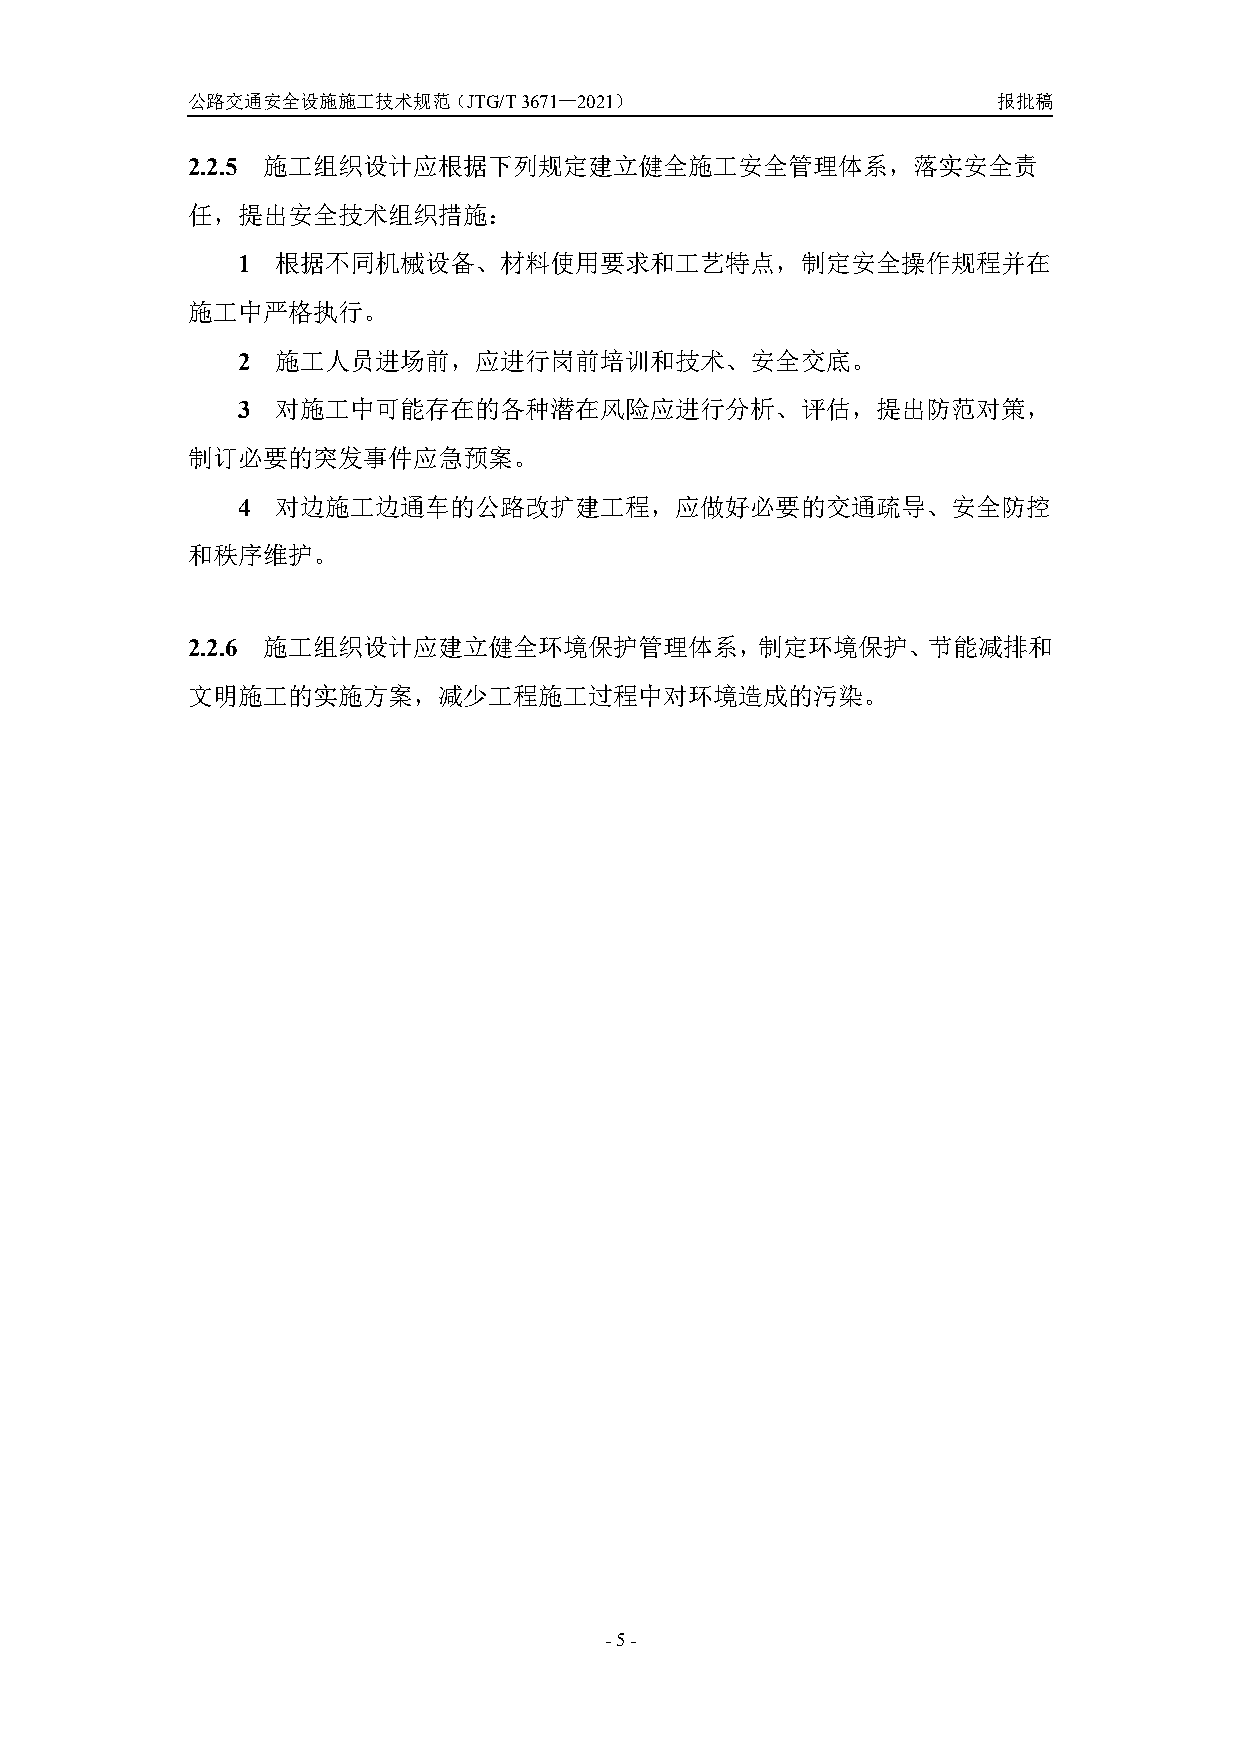
公路交通安全设施施工技术规范（JTG/T3671—2021）                        报批稿
 2.2.5 施工组织设计应根据下列规定建立健全施工安全管理体系，落实安全责
 任，提出安全技术组织措施：
 1 根据不同机械设备、材料使用要求和工艺特点，制定安全操作规程并在
 施工中严格执行。
 2 施工人员进场前，应进行岗前培训和技术、安全交底。
 3 对施工中可能存在的各种潜在风险应进行分析、评估，提出防范对策，
 制订必要的突发事件应急预案。
 4 对边施工边通车的公路改扩建工程，应做好必要的交通疏导、安全防控
 和秩序维护。
 2.2.6 施工组织设计应建立健全环境保护管理体系，制定环境保护、节能减排和
 文明施工的实施方案，减少工程施工过程中对环境造成的污染。
 -5-